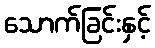
သောက်ခြင်းနှင့်